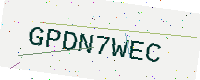
Text: GPDN7WEC